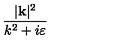
\frac { | \mathbf { k } | ^ { 2 } } { k ^ { 2 } + i \varepsilon }